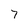
Character: 7